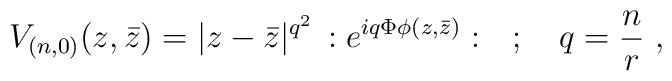
V_{(n,0)}(z,\bar{z})=|z-\bar{z}|^{q^{2}}\, :e^{iq\Phi \phi (z,\bar{z})}:\quad ;\quad q=\frac{n}{r}\ ,